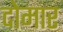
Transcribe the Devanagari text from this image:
दोमार